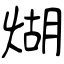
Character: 煳